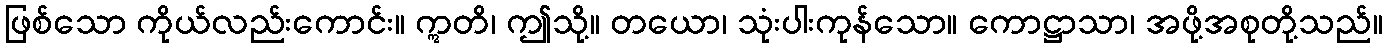
ဖြစ်သော ကိုယ်လည်းကောင်း။ ဣတိ၊ ဤသို့။ တယော၊ သုံးပါးကုန်သော။ ကောဋ္ဌာသာ၊ အဖို့အစုတို့သည်။